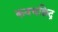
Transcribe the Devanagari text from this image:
कवचछिद्र